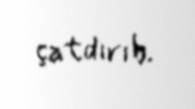
çatdırıb.